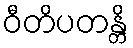
ဝီတိပတန္တိ